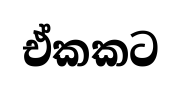
ඒකකට